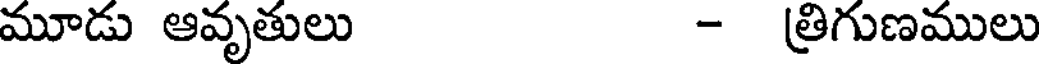
మూడు ఆవృతులు - త్రిగుణములు